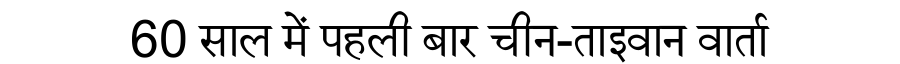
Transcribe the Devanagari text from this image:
60 साल में पहली बार चीन-ताइवान वार्ता